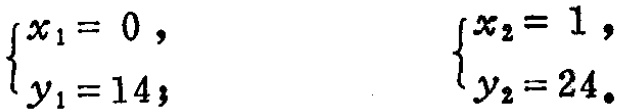
\(\begin{cases}
x_1 = 0, \\
y_1 = 14;
\end{cases}\)
\(\begin{cases}
x_2 = 1, \\
y_2 = 24.
\end{cases}\)